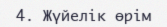
4.	Жүйелік өрім